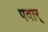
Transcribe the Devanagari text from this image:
पवार्